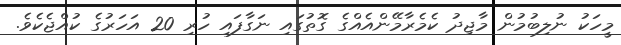
މީހަކު ނުލިބުމުން މާޖިދު ކެމެރާމޭންއެއްގެ ގޮތުގައި ނަގާފައި ހުރި 20 އަހަރުގެ ކުއްޖެކެވެ.